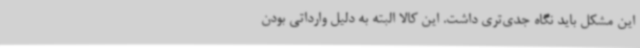
این مشکل باید نگاه جدی‌تری داشت. این کالا البته به‌ دلیل وارداتی بودن